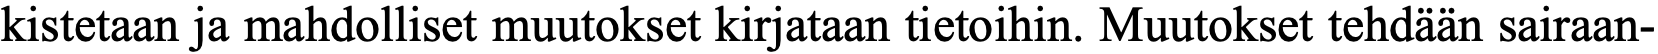
kistetaan ja mahdolliset muutokset kirjataan tietoihin. Muutokset tehdään sairaan-